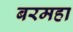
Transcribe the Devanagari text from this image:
बरमहा